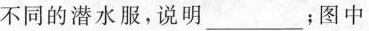
不同的潜水服，说明_____；图中